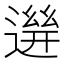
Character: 𨕧